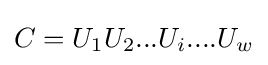
C=U_{1}U_{2}...U_{i}....U_{w}